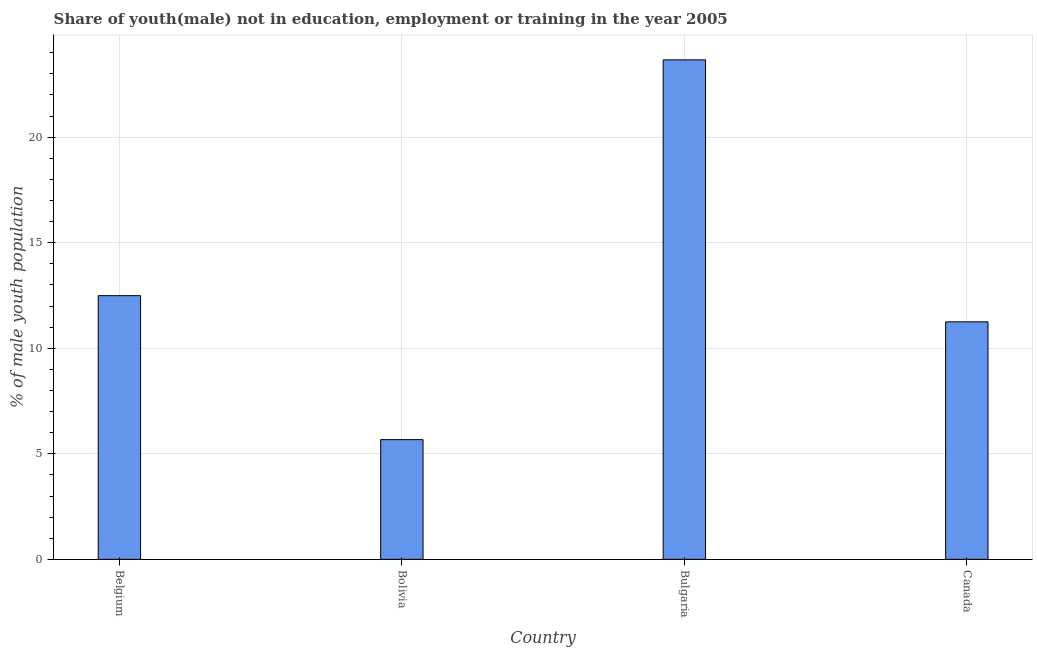
| Country | Unemployed(male) |
 | --- | --- |
 | Belgium | 12.5 |
 | Bolivia | 5.67 |
 | Bulgaria | 23.7 |
 | Canada | 11.2 |